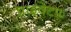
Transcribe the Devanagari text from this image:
प्राइवेटफ़